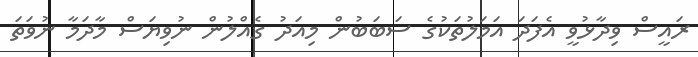
ރައީސް ވިދާޅުވީ އެފަދަ އަމަލުތަކުގެ ސަބަބުން މިއަދު ގެއްލުން ނުވިޔަސް މާދަމާ ނުވަތަ